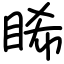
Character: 睎